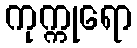
ကုက္ကုရော